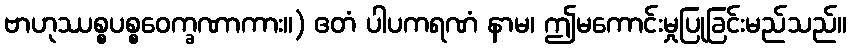
ဗာဟုဿစ္စပစ္စဝေက္ခဏာကား။) ဧတံ ပါပကရဏံ နာမ၊ ဤမကောင်းမှုပြုခြင်းမည်သည်။